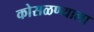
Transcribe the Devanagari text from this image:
कोसळण्याला